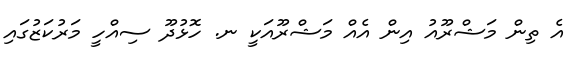
އެ ތިން މަޝްރޫއު އިން އެއް މަޝްރޫއަކީ ނ. ހޮޅުދޫ ސިއްހީ މަރުކަޒުގައި